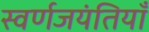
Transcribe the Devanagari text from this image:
स्वर्णजयंतियाँ